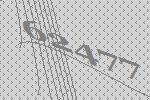
62477